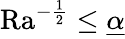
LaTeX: \mathrm{{Ra}}^{-\frac{1}{2}}\leq\underline{{\alpha}}